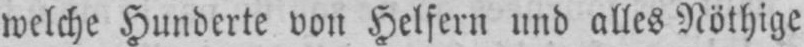
welche Hunderte von Helfern und alles Nöthige